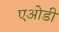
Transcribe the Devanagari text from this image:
एओडी